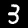
Digit: 3